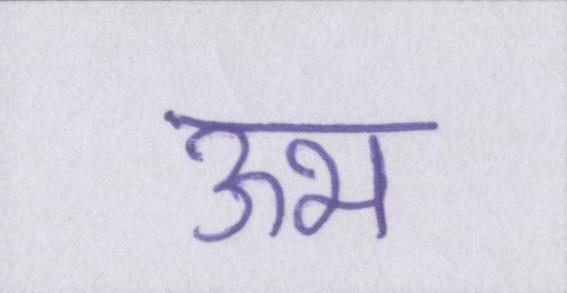
ऊभ